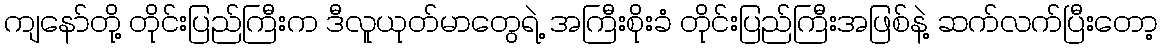
ကျနော်တို့ တိုင်းပြည်ကြီးက ဒီလူယုတ်မာတွေရဲ့ အကြီးစိုးခံ တိုင်းပြည်ကြီးအဖြစ်နဲ့ ဆက်လက်ပြီးတော့